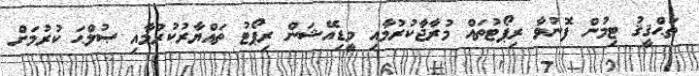
ތަޙްޤީޤު ޓިމުން ފޮނުވާ ރިޕޯޓުތައް މުރާޖާކުރުމާއި މީޑިއޭޝަން ރިޕޯޓު ތައްޔާރުކުރުމާއި ޞުލްޙަ ކުރުމަށް